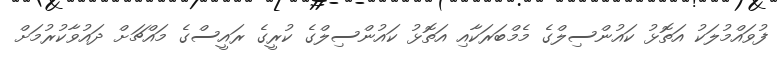
ފުވައްމުލަކު އަތޮޅު ކައުންސިލްގެ މެމްބަރަކާއި އަތޮޅު ކައުންސިލްގެ ކުރީގެ ރައީސްގެ މައްޗަށް ދައުވާކުރުމަށް